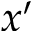
x ^ { \prime }